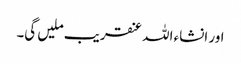
اور انشاء اللہ عنقریب ملیں گی۔